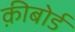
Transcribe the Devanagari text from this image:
क़ीबोर्ड